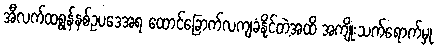
အီလက်ထရွန်နစ်ဥပဒေအရ ထောင်ခြောက်လကျခံနိုင်တဲ့အထိ အကျိုးသက်ရောက်မှု